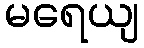
မရေယျ